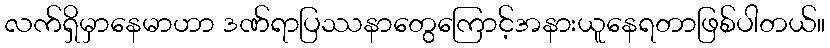
လက်ရှိမှာနေမာဟာ ဒဏ်ရာပြဿနာတွေကြောင့်အနားယူနေရတာဖြစ်ပါတယ်။